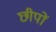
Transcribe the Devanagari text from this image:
छीपों